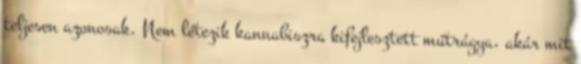
teljesen azonosak. Nem létezik kannabiszra kifejlesztett műtrágya, akár mit